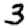
Digit: 3